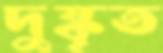
দুষ্কৃত